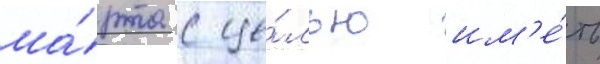
ма́рта с це́лью им'е́ть